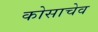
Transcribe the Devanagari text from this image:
कोसाचेव